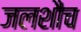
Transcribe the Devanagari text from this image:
जलशौच